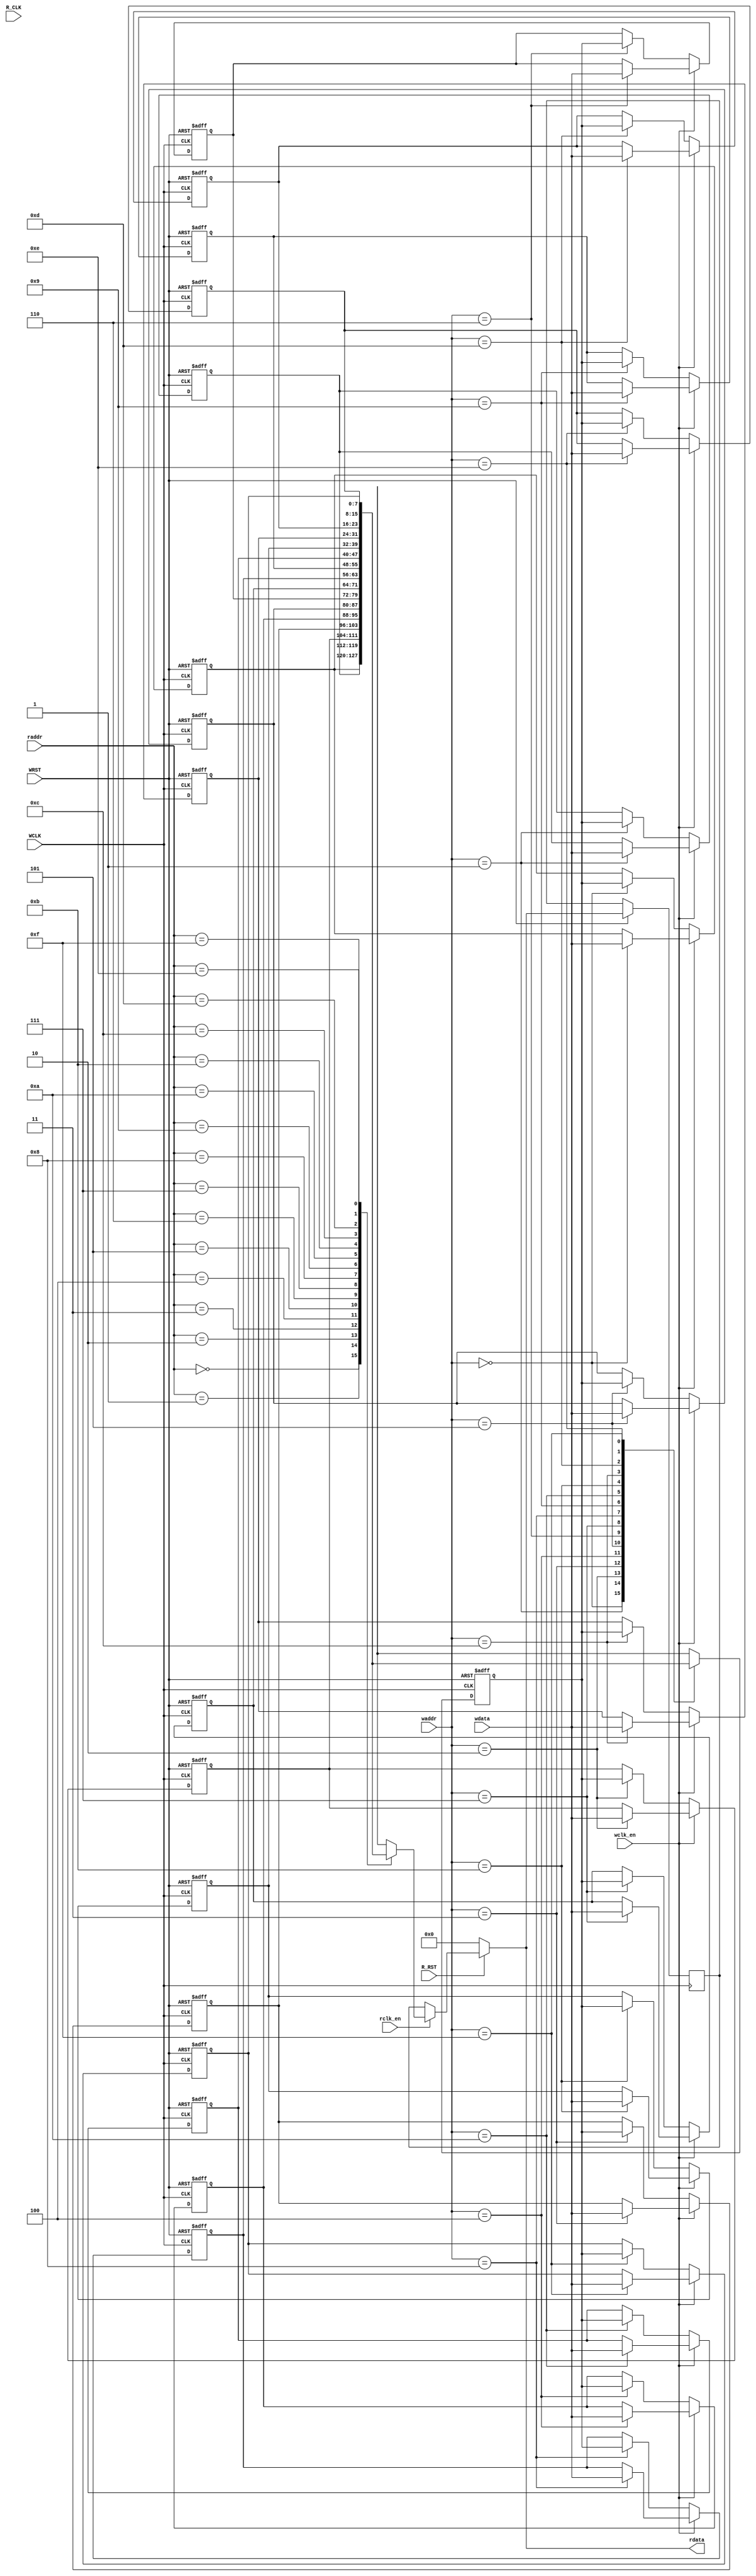
module FIFO_MEMORY #(parameter WIDTH = 'd8 , parameter DEPTH = 'd16)
(
input WCLK                            ,
input WRST                            ,
input R_CLK                           ,
input R_RST                           ,
input [WIDTH - 1: 0] wdata            ,
input wclk_en                         ,
input rclk_en                         ,
//input write_op_en                   ,
input [$clog2(DEPTH) - 1 : 0] waddr   ,
input [$clog2(DEPTH) - 1 : 0] raddr   ,

output reg [WIDTH - 1: 0] rdata  

);

reg [WIDTH - 1 : 0] FIFO_MEM [DEPTH -1 : 0];

integer i ;

reg [WIDTH - 1 : 0] out_next ;
reg [WIDTH - 1 : 0] read_next ;



always @(posedge WCLK or negedge WRST )
begin

if(!WRST) begin
  for(i = 0 ; i < DEPTH ; i = i + 1)
  begin
  	FIFO_MEM[i] <= 0; 
  end
end


 else if(wclk_en) 
     FIFO_MEM [waddr] <= wdata ;

 else FIFO_MEM[waddr] <= out_next;

end


always @(*) begin

 if(!R_RST)    
   rdata =  0;
 
 else if (rclk_en) rdata = FIFO_MEM [raddr];

 else rdata = read_next;

end



// THIS blOCK TO AVOID LATCH OF FIFO_MEM 

always @(posedge WCLK or negedge WRST)

if(!WRST) begin 
  out_next <= 0;
end

else begin
  out_next <= FIFO_MEM [waddr] ;
  read_next    <= rdata;
end 


endmodule